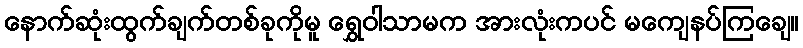
နောက်ဆုံးထွက်ချက်တစ်ခုကိုမူ ရွှေဝါသာမက အားလုံးကပင် မကျေနပ်ကြချေ။